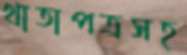
খাতাপত্রসহ